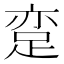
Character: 𨀶